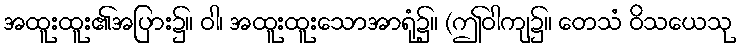
အထူးထူး၏အပြား၌။ ဝါ၊ အထူးထူးသောအာရုံ၌။ (ဤဝါကျ၌။ တေသံ ဝိသယေသု